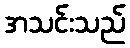
အသင်းသည်